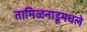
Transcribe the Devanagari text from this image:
तामिळनाडूमधले